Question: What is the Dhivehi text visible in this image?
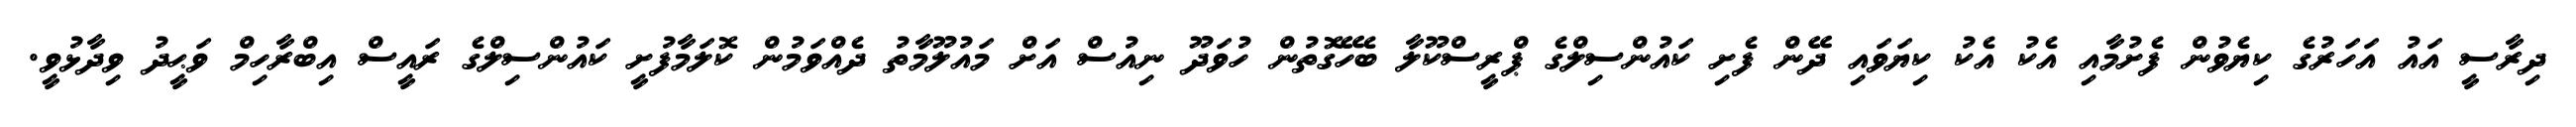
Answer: ދިރާސީ އައު އަހަރުގެ ކިޔެވުން ފެށުމާއި އެކު އެކު ކިޔަވައި ދޭން ފެށި ކައުންސިލްގެ ޕްރީސްކޫލާ ބެހޭގޮތުން ހުވަދޫ ނިއުސް އަށް މައުލޫމާތު ދެއްވަމުން ކޮލަމާފުށީ ކައުންސިލްގެ ރައީސް އިބްރާހިމް ވަޙީދު ވިދާޅުވީ.